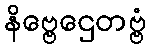
နိဗ္ဗေဌေတဗ္ဗံ